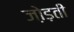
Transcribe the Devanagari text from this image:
जो़ड़ती